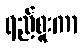
ရည်စူးကာ